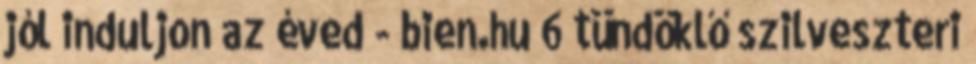
jól induljon az éved - bien.hu 6 tündöklő szilveszteri